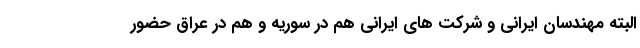
البته مهندسان ایرانی و شرکت های ایرانی هم در سوریه و هم در عراق حضور